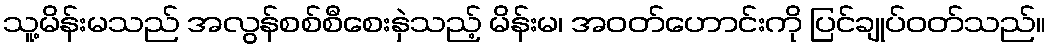
သူ့မိန်းမသည် အလွန်စစ်စီစေးနှဲသည့် မိန်းမ၊ အဝတ်ဟောင်းကို ပြင်ချုပ်ဝတ်သည်။